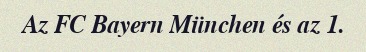
Az FC Bayern München és az 1.